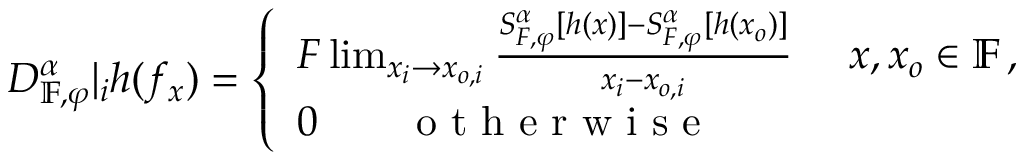
D _ { \mathbb { F } , \varphi } ^ { \alpha } | _ { i } h ( f _ { x } ) = \left\{ \begin{array} { l l } { F \operatorname* { l i m } _ { x _ { i } \rightarrow x _ { o , i } } \frac { S _ { F , \varphi } ^ { \alpha } [ h ( x ) ] - S _ { F , \varphi } ^ { \alpha } [ h ( x _ { o } ) ] } { x _ { i } - x _ { o , i } } ~ ~ ~ ~ x , x _ { o } \in \mathbb { F } \, , } \\ { 0 \qquad \textrm { o t h e r w i s e } } \end{array} \right.